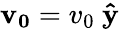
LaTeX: \mathbf{v_{0}}=v_{0}{\ \mathbf{\hat{y}}}